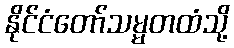
နိုင်ငံတော်သမ္မတထံသို့